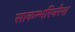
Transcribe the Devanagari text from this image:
साकम्भरिनरेश